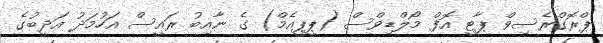
ޕްރޮގްރެސިވް ޕާޓީ އޮފް މޯލްޑިވްސް (ޕީޕީއެމް) ގެ ނާއިބު ރައީސް އަހުމަދު އަދީބުގެ